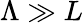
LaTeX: \Lambda\gg L